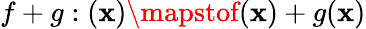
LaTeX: f+g:(\mathbf{x})\mapstof(\mathbf{x})+g(\mathbf{x})